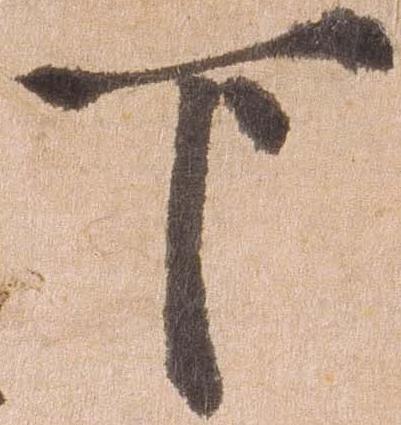
下